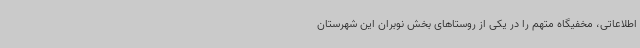
اطلاعاتی، مخفیگاه متهم را در یکی از روستاهای بخش نوبران این شهرستان